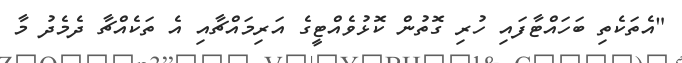
"އެތަކެތި ބަހައްޓާފައި ހުރި ގޮތުން ކޮޅުވެއްޓީގެ އަރިމައްޗާއި އެ ތަކެއްޗާ ދެމެދު މާ